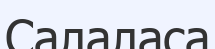
Салаласа